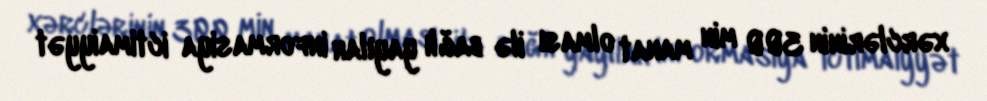
xərclərinin 300 min manat olması ilə bağlı yayılan informasiya ictimaiyyət